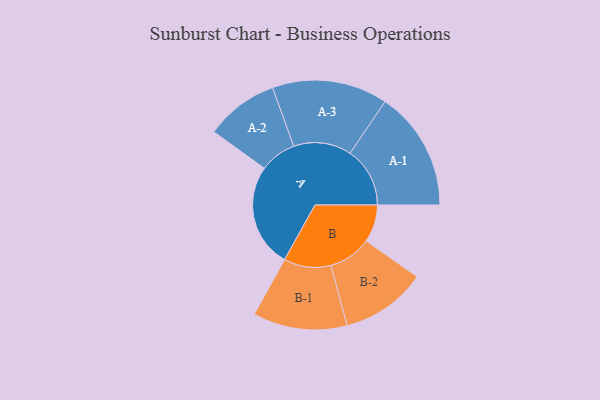
{"axis": {"x": "Segment", "y": "Value"}, "legend": ["", "A", "B"], "data": [{"x": "A", "y": 464, "type": ""}, {"x": "B", "y": 168, "type": ""}, {"x": "A-1", "y": 268, "type": "A"}, {"x": "A-2", "y": 164, "type": "A"}, {"x": "A-3", "y": 259, "type": "A"}, {"x": "B-1", "y": 211, "type": "B"}, {"x": "B-2", "y": 192, "type": "B"}]}